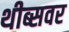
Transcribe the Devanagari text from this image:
थीब्सवर